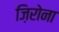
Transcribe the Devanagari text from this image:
ज़िरोना